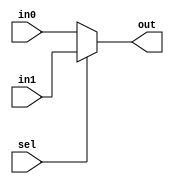
`timescale 1ns / 1ns

module address_mux #(parameter WIDTH = 5) (
  
  input [WIDTH - 1 : 0] in0,
  input [WIDTH - 1 : 0] in1,
  input sel,
  output [WIDTH - 1 : 0]out

); 
  
  assign out = (sel) ? in1 : in0;
  
endmodule

module bus_driver #(parameter WIDTH = 8) (
  
  input [WIDTH - 1 : 0] data_in,
  input data_en,
  output [WIDTH - 1 : 0] data_out
  
); 
  
  assign data_out = (data_en) ? data_in : {WIDTH{1'hz}};
  
endmodule

module alu #(parameter WIDTH = 8) (
  
  input [WIDTH - 1 : 0] in_a,
  input [WIDTH - 1 : 0] in_b,
  input [$clog2(WIDTH) -1 : 0] opcode,
  output [WIDTH - 1 : 0] alu_out,
  output a_is_zero

);
  
  reg [WIDTH - 1 : 0] result;
  
  always @ (in_a, in_b, opcode)
    begin
      case(opcode)
        3'b000 : result = in_a;
        3'b001 : result = in_a;
        3'b010 : result = in_a + in_b;
        3'b011 : result = in_a & in_b;
        3'b100 : result = in_a ^ in_b;
        3'b101 : result = in_b;
        3'b110 : result = in_a;
        3'b111 : result = in_a;
        default : result = {WIDTH{1'b0}};
      endcase
    end
  
  assign a_is_zero = (result) ? 1'b0 : 1'b1;
  assign alu_out = result;
  
endmodule


module cpu_controller #(parameter op_width = 3,  max_phase = 8)(
  input [op_width -  1 : 0] opcode,
  input a_zero,
  input [max_phase - 1 : 0] phase,
  output sel, // Select signal
  output rd, // Read signal
  output ld_ir, // Load instruction
  output inc_pc, // Increment program counter
  output halt, // To HALT CPU Activity
  output ld_pc, // To Load Program Counter
  output data_e, // Data enable for Bus_Driver
  output load_ac, // Loading Accumulator
  output wr // Write Signal
);
  
  reg sel_, rd_, ld_ir_, inc_pc_, halt_, ld_pc_, data_e_, load_ac_, wr_; 
  reg H, J, A, Z , S;
  
  always @ (opcode, a_zero, phase)
    begin
      A = (opcode == 3'b010 | opcode == 3'b011 | opcode == 3'b100 | opcode == 3'b101) ? 1'b1 : 1'b0;
      H = (opcode == 3'b000) ? 1'b1 : 1'b0;
      Z = (opcode == 3'b100 && a_zero) ? 1'b1 : 1'b0;
      J = (opcode == 3'b111) ? 1'b1 : 1'b0;
      S = (opcode == 3'b110) ? 1'b1 : 1'b0;
      case (phase)
        8'd0 : begin
           sel_     = 1;
           rd_      = 0;
           ld_ir_   = 0;
           inc_pc_  = 0;
           halt_    = 0;
           ld_pc_   = 0;
           data_e_  = 0;
           load_ac_ = 0;
           wr_      = 0;
        end
        8'd1 : begin
           sel_     = 1;
           rd_      = 1;
           ld_ir_   = 0;
           inc_pc_  = 0;
           halt_    = 0;
           ld_pc_   = 0;
           data_e_  = 0;
           load_ac_ = 0;
           wr_      = 0;
        end
        8'd2 : begin
           sel_     = 1;
           rd_      = 1;
           ld_ir_   = 1;
           inc_pc_  = 0;
           halt_    = 0;
           ld_pc_   = 0;
           data_e_  = 0;
           load_ac_ = 0;
           wr_      = 0;
        end
        8'd3 : begin
           sel_     = 1;
           rd_      = 1;
           ld_ir_   = 1;
           inc_pc_  = 0;
           halt_    = 0;
           ld_pc_   = 0;
           data_e_  = 0;
           load_ac_ = 0;
           wr_      = 0;
        end
        8'd4 : begin    // Segment that Deals with HALT
          
           sel_     = 0;
           rd_      = 0;
           ld_ir_   = 0;
           inc_pc_  = 1;
           halt_    = H;
           ld_pc_   = 0;
           data_e_  = 0;
           load_ac_ = 0;
           wr_      = 0;
        end
        8'd5 : begin // If the instruction needs the acculumatlor this comes into play
           
           sel_     = 0;
           rd_      = A;
           ld_ir_   = 0;
           inc_pc_  = 0;
           halt_    = 0;
           ld_pc_   = 0;
           data_e_  = 0;
           load_ac_ = 0;
           wr_      = 0;
        end
        8'd6 : begin
           
           sel_     = 0;
           rd_      = A;
           ld_ir_   = 0;
           inc_pc_  = Z;
           halt_    = 0;
           ld_pc_   = J;
           data_e_  = S;
           load_ac_ = 0;
           wr_      = 0;
        end
        8'd7 : begin
          
           sel_     = 0;
           rd_      = A;
           ld_ir_   = 0;
           inc_pc_  = 0;
           halt_    = 0;
           ld_pc_   = J;
           data_e_  = S;
           load_ac_ = A;
           wr_      = S;
        end
      endcase
    end
      assign sel = sel_;
      assign rd = rd_;
      assign ld_ir = ld_ir_;
      assign inc_pc = inc_pc_;
      assign halt = halt_;
      assign ld_pc = ld_pc_;
      assign data_e = data_e_;
      assign load_ac = load_ac_;
      assign wr = wr_;

endmodule
      
module register #(parameter WIDTH = 8) (
  input clk,
  input rst,
  input [WIDTH - 1 : 0] data_in,
  input load,
  output [WIDTH - 1 : 0] data_out
); 
  
  reg [WIDTH - 1 : 0] data_out_;
  
  always @ (posedge clk)
    begin
      if (rst)
        data_out_ <= {WIDTH{1'b0}};
      else
        begin
          if (load)
            data_out_ <= data_in;
          else
            data_out_ <= data_out_;
        end
    end 
  
  assign data_out = data_out_;
  
endmodule
  
module memory #(parameter A_WIDTH = 5, D_WIDTH = 8)(
   input clk,
   input wr,
   input rd,
   input [A_WIDTH -1 : 0] addr,
   inout [D_WIDTH -1 : 0] data
); 
  
  reg [D_WIDTH -1 : 0] data_;
  reg [D_WIDTH - 1 : 0] mem [2**A_WIDTH -1 : 0];
  
  always @ (posedge clk)
    begin
      if(wr)
        mem[addr] <= data_;
      else if (rd)
        data_ <= mem[addr];
      else
        data_ <= {D_WIDTH{1'hz}};
    end
   assign data = data_;
endmodule